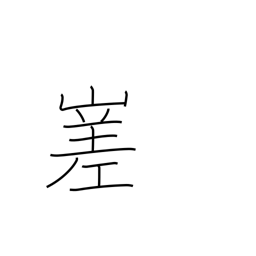
Meaning: irregular